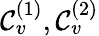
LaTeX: \mathcal{C}_{v}^{(1)},\mathcal{C}_{v}^{(2)}